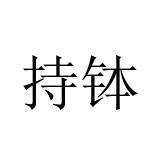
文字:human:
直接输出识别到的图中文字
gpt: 持钵